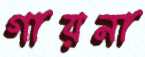
গায়না